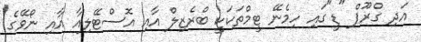
އަދި ގްރޫޕް "ޑީ"ގައި ހިމެނޭ ޓީމްތަކަކީ ބްރެޒިލް އާއި އޮސްޓޭލިއާ އާއި ނޯވޭގެ